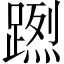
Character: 𨃻